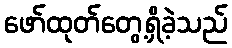
ဖော်ထုတ်တွေ့ရှိခဲ့သည်